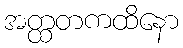
အတ္ထတကထိနော